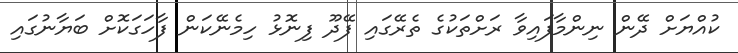
ކުއްޔަށް ދޭން ނިންމާފައިވާ ރަށްތަކުގެ ތެރޭގައި ފޭދޫ ފިނޮޅު ހިމެނޭކަން ފާހަގަކޮށް ބަޔާނުގައި